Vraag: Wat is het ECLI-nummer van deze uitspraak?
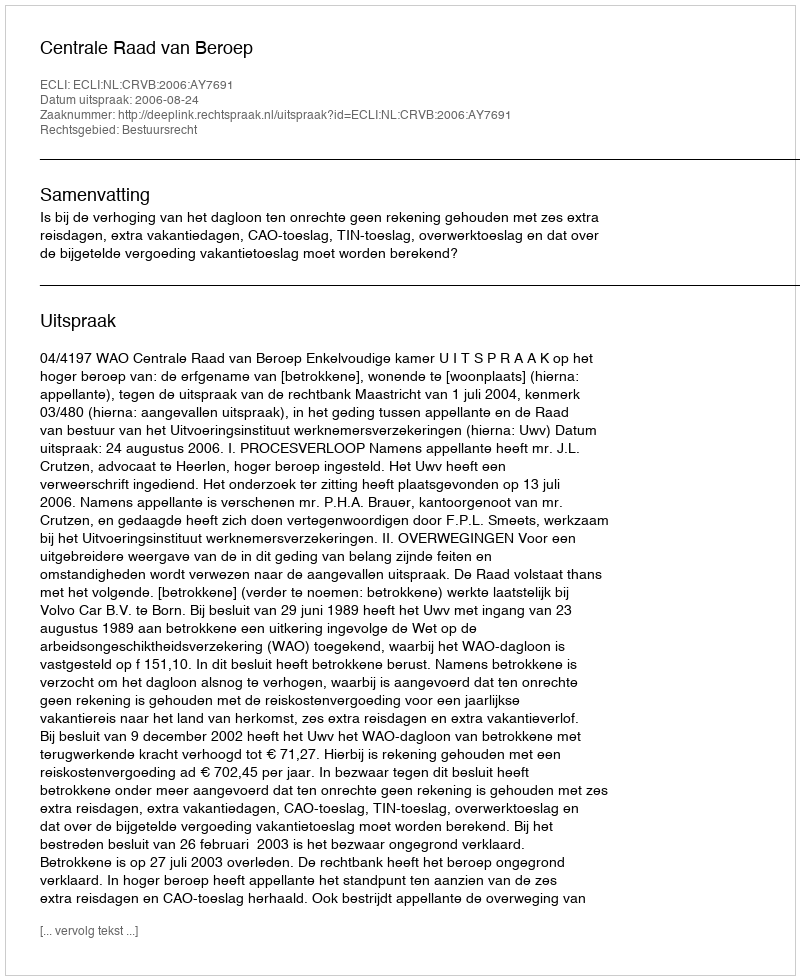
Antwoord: ECLI:NL:CRVB:2006:AY7691